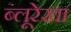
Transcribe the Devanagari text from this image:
ब्लूरेखा